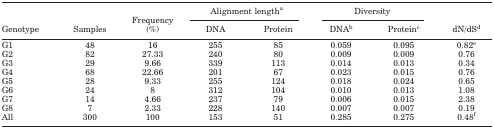
<table><thead><tr><td></td><td></td><td></td><td colspan="2"><b>Alignment lentha</b></td><td colspan="2"><b>Diversity</b></td><td></td></tr><tr><td><b>Genotype</b></td><td><b>Samples</b></td><td><b>Frequency(%)</b></td><td><b>DNA</b></td><td><b>Protein</b></td><td><b>DNAb</b></td><td><b>Proteinc</b></td><td><b>dN/dSd</b></td></tr></thead><tbody><tr><td>G1</td><td>48</td><td>16</td><td>255</td><td>85</td><td>0.059</td><td>0.095</td><td>0.82e</td></tr><tr><td>G2</td><td>82</td><td>27.33</td><td>240</td><td>80</td><td>0.009</td><td>0.009</td><td>0.76</td></tr><tr><td>G3</td><td>29</td><td>9.66</td><td>339</td><td>113</td><td>0.014</td><td>0.013</td><td>0.34</td></tr><tr><td>G4</td><td>68</td><td>22.66</td><td>201</td><td>67</td><td>0.023</td><td>0.015</td><td>0.76</td></tr><tr><td>G5</td><td>28</td><td>9.33</td><td>255</td><td>124</td><td>0.018</td><td>0.024</td><td>0.65</td></tr><tr><td>G6</td><td>24</td><td>8</td><td>312</td><td>104</td><td>0.010</td><td>0.013</td><td>1.08</td></tr><tr><td>G7</td><td>14</td><td>4.66</td><td>237</td><td>79</td><td>0.006</td><td>0.015</td><td>2.38</td></tr><tr><td>G8</td><td>7</td><td>2.33</td><td>228</td><td>140</td><td>0.007</td><td>0.007</td><td>0.19</td></tr><tr><td>All</td><td>300</td><td>100</td><td>153</td><td>51</td><td>0.285</td><td>0.275</td><td>0.48f</td></tr></tbody></table>